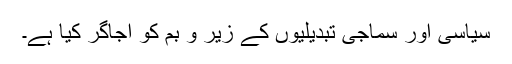
سیاسی اور سماجی تبدیلیوں کے زیر و بم کو اُجاگر کیا ہے۔